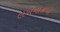
લખનારાઓ